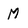
Character: M